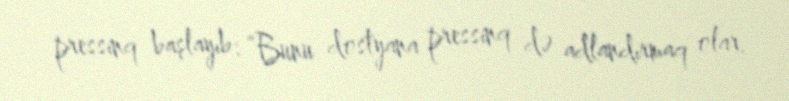
pressinq başlayıb: “Bunu dostyana pressinq də adlandırmaq olar.